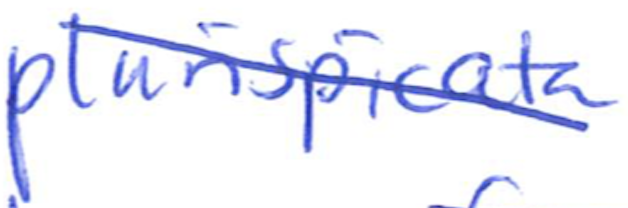
Text: plurispicata
Cross-out: mix
Writing tool: ballpoint